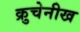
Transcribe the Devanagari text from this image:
क्रुचेनीख